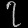
Digit: ၇